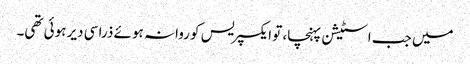
میں جب اسٹیشن پہنچا، تو ایکسپریس کو روانہ ہوئے ذرا سی دیر ہوئی تھی۔